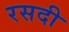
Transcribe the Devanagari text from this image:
रसदी